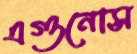
এগুনোস